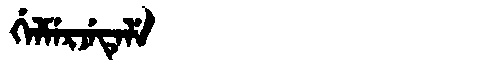
Manchu: ᡤᡝᠯᠮᡝᡵᠵᡝᡨᡝᠯᡝ
Romanization: GELMERJETELE